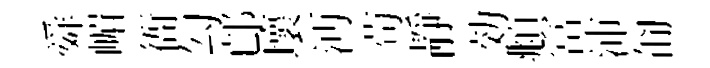
舜嵋衙勾邙壞沔茍靜効頫冨沛匍